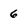
Character: 6